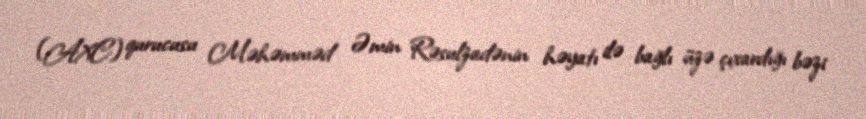
(AXC) qurucusu Məhəmməd Əmin Rəsulzadənin həyatı ilə bağlı üzə çıxardığı bəzi